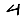
Digit: 4